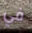
في